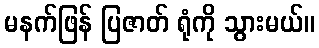
မနက်ဖြန် ပြဇာတ် ရုံကို သွားမယ်။